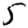
Digit: 5